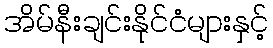
အိမ်နီးချင်းနိုင်ငံများနှင့်